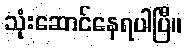
သုံးဆောင်နေရပါပြီ။